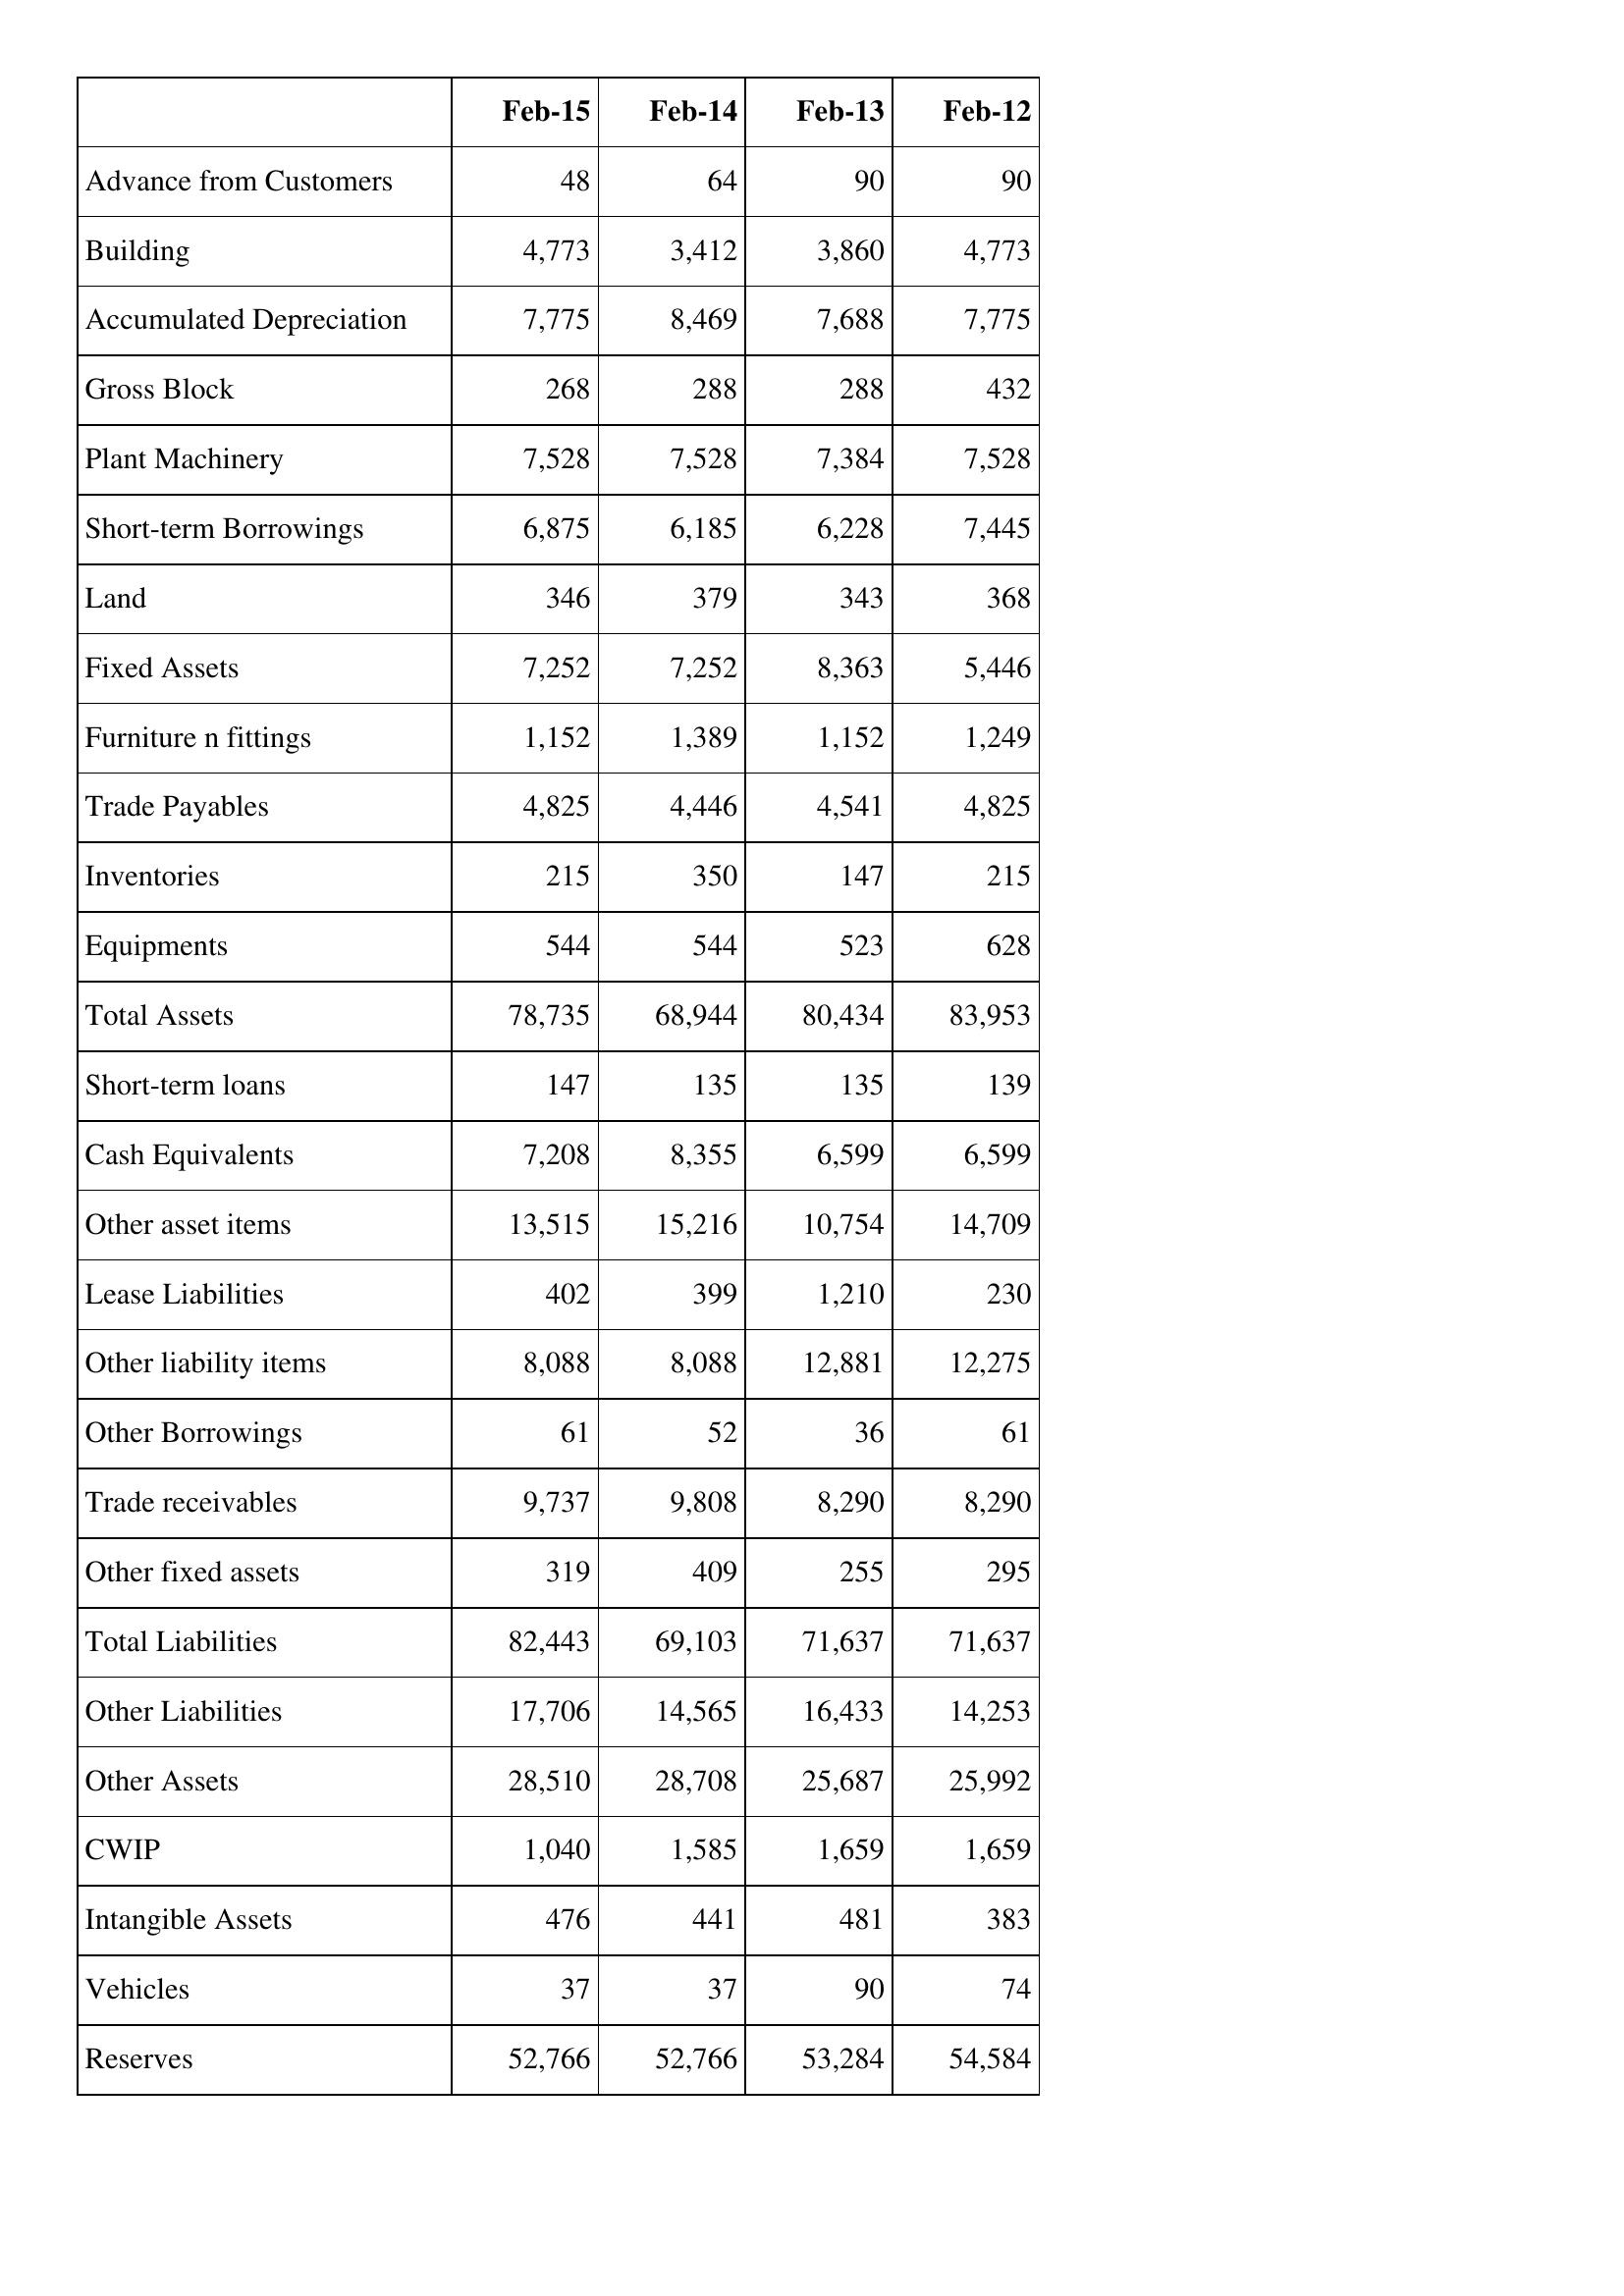
Feb-15: Balance Sheet: Advance from Customers: 48
Building: 4,773
Accumulated Depreciation: 7,775
Gross Block: 268
Plant Machinery: 7,528
Short-term Borrowings: 6,875
Land: 346
Fixed Assets: 7,252
Furniture n fittings: 1,152
Trade Payables: 4,825
Inventories: 215
Equipments: 544
Total Assets: 78,735
Short-term loans: 147
Cash Equivalents: 7,208
Other asset items: 13,515
Lease Liabilities: 402
Other liability items: 8,088
Other Borrowings: 61
Trade receivables: 9,737
Other fixed assets: 319
Total Liabilities: 82,443
Other Liabilities: 17,706
Other Assets: 28,510
CWIP: 1,040
Intangible Assets: 476
Vehicles: 37
Reserves: 52,766
Feb-14: Balance Sheet: Advance from Customers: 64
Building: 3,412
Accumulated Depreciation: 8,469
Gross Block: 288
Plant Machinery: 7,528
Short-term Borrowings: 6,185
Land: 379
Fixed Assets: 7,252
Furniture n fittings: 1,389
Trade Payables: 4,446
Inventories: 350
Equipments: 544
Total Assets: 68,944
Short-term loans: 135
Cash Equivalents: 8,355
Other asset items: 15,216
Lease Liabilities: 399
Other liability items: 8,088
Other Borrowings: 52
Trade receivables: 9,808
Other fixed assets: 409
Total Liabilities: 69,103
Other Liabilities: 14,565
Other Assets: 28,708
CWIP: 1,585
Intangible Assets: 441
Vehicles: 37
Reserves: 52,766
Feb-13: Balance Sheet: Advance from Customers: 90
Building: 3,860
Accumulated Depreciation: 7,688
Gross Block: 288
Plant Machinery: 7,384
Short-term Borrowings: 6,228
Land: 343
Fixed Assets: 8,363
Furniture n fittings: 1,152
Trade Payables: 4,541
Inventories: 147
Equipments: 523
Total Assets: 80,434
Short-term loans: 135
Cash Equivalents: 6,599
Other asset items: 10,754
Lease Liabilities: 1,210
Other liability items: 12,881
Other Borrowings: 36
Trade receivables: 8,290
Other fixed assets: 255
Total Liabilities: 71,637
Other Liabilities: 16,433
Other Assets: 25,687
CWIP: 1,659
Intangible Assets: 481
Vehicles: 90
Reserves: 53,284
Feb-12: Balance Sheet: Advance from Customers: 90
Building: 4,773
Accumulated Depreciation: 7,775
Gross Block: 432
Plant Machinery: 7,528
Short-term Borrowings: 7,445
Land: 368
Fixed Assets: 5,446
Furniture n fittings: 1,249
Trade Payables: 4,825
Inventories: 215
Equipments: 628
Total Assets: 83,953
Short-term loans: 139
Cash Equivalents: 6,599
Other asset items: 14,709
Lease Liabilities: 230
Other liability items: 12,275
Other Borrowings: 61
Trade receivables: 8,290
Other fixed assets: 295
Total Liabilities: 71,637
Other Liabilities: 14,253
Other Assets: 25,992
CWIP: 1,659
Intangible Assets: 383
Vehicles: 74
Reserves: 54,584